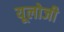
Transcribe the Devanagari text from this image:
यूलोजी